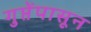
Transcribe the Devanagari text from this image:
गुप्तेंपासून